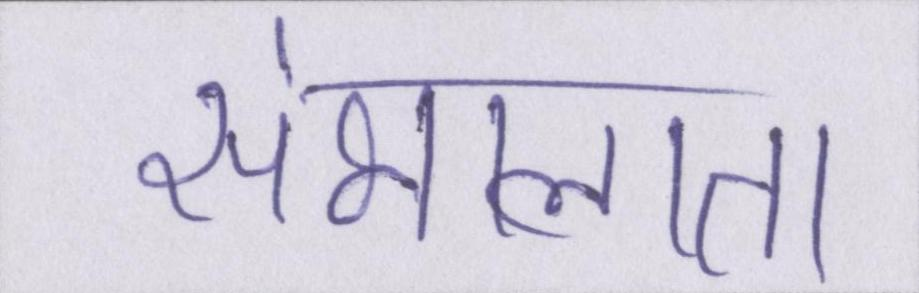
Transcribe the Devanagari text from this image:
संभालता